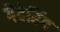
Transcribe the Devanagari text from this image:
गैदेरिंग